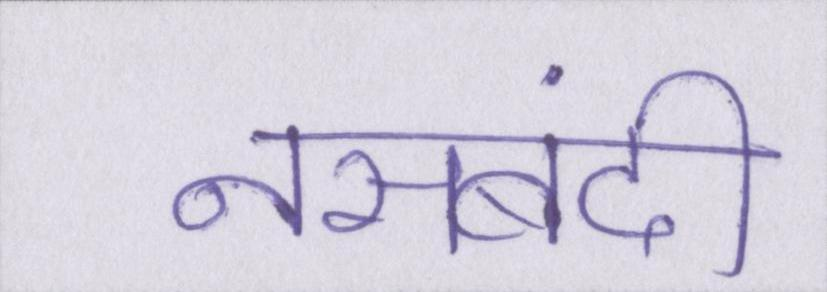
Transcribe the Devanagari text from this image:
नसबंदी